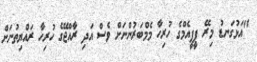
"އަޅުގަނޑު މިރޭ ޕީޕީއެމްގެ ހުރިހާ މެމްބަރުންނަށް ވެސް އަދި ރާއްޖޭގެ ހުރިހާ ރައްޔިތުނަށް